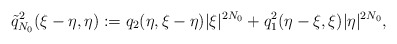
\begin{align*}\tilde{q}^2_{N_0}(\xi-\eta,\eta) := q_2(\eta, \xi-\eta)|\xi|^{2N_0} + q_1^2(\eta-\xi, \xi)|\eta|^{2N_0},\end{align*}